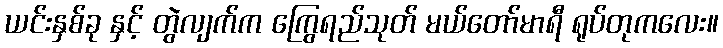
ယင်းနှစ်ခု နှင့် တွဲလျက်က ကြွေရည်သုတ် မယ်တော်မာရီ ရုပ်တုကလေး။